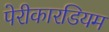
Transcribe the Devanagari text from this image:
पेरीकारडियम